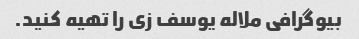
بیوگرافی ملاله یوسف زی را تهیه کنید.